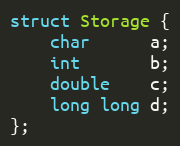
Language: C++
struct Storage {
    char      a;
    int       b;
    double    c;
    long long d;
};